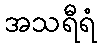
အသရီရံ